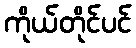
ကိုယ်တိုင်ပင်